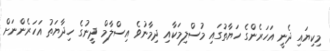
މިކިޔައި ދެނީ އަހަރެންގެ ހަޔާތުގައި މުސްލިމަކާއި ދިމާނުވެ އިސްލާމް ދީނުގެ ހިދާޔަތު އަހަރެންނަށް